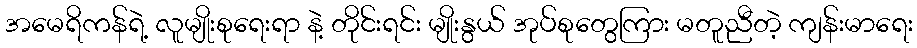
အမေရိကန်ရဲ့ လူမျိုးစုရေးရာ နဲ့ တိုင်းရင်း မျိုးနွယ် အုပ်စုတွေကြား မတူညီတဲ့ ကျန်းမာရေး